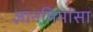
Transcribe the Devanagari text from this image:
ज्ञानमिमांसा